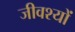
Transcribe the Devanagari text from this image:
जीवश्यों